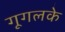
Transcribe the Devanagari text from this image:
गूगलके